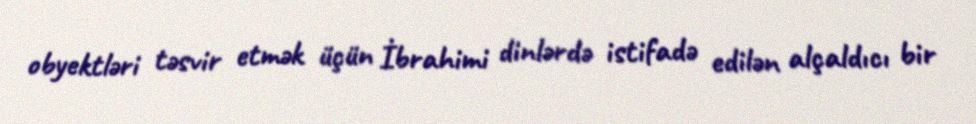
obyektləri təsvir etmək üçün İbrahimi dinlərdə istifadə edilən alçaldıcı bir